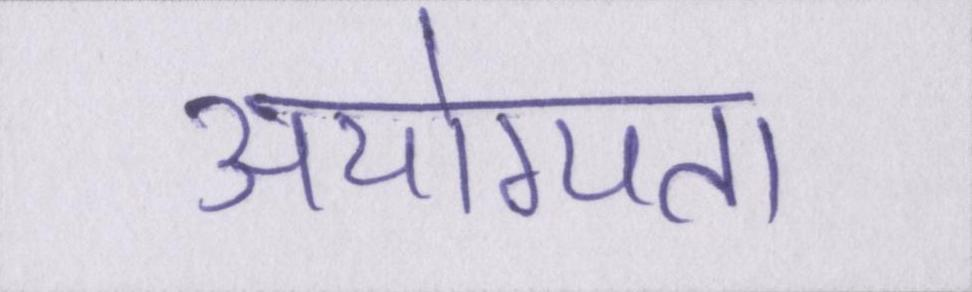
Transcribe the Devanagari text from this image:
अयोग्यता